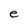
Character: e